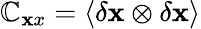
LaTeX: \mathbb{C}_{\mathbf{x}x}=\langle\delta{\mathbf{x}}\otimes\delta{\mathbf{x}}\rangle